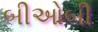
બીઓબી